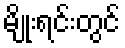
မျိုးရင်းတွင်